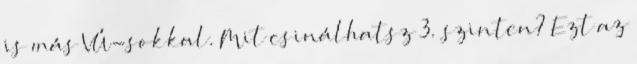
is más VÚ-sokkal. Mit csinálhatsz 3. szinten? Ezt az